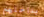
بداخلهم